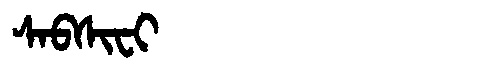
Manchu: ᠰᠠᠪᠰᡳᠸᡳ
Romanization: SABSIFI